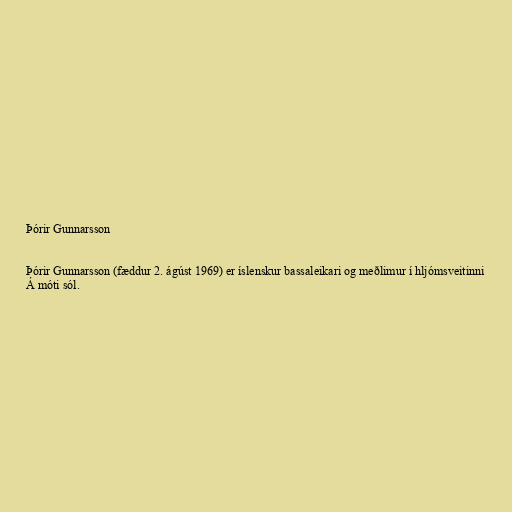
Þórir Gunnarsson

Þórir Gunnarsson (fæddur 2. ágúst 1969) er íslenskur bassaleikari og meðlimur í hljómsveitinni
Á móti sól.